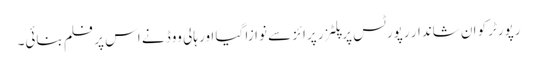
رپورٹرکو ان شاندار رپورٹس پر پلٹزر پرائز سے نوازا گیا اور ہالی ووڈ نے اس پر فلم بنائی۔